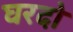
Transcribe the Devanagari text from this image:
घरदो